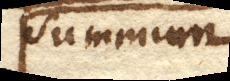
Summum